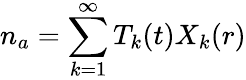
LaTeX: n_{a}=\sum_{k=1}^{\infty}T_{k}(t)X_{k}(r)